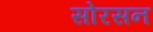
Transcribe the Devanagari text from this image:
सोरसन